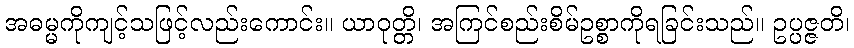
အဓမ္မကိုကျင့်သဖြင့်လည်းကောင်း။ ယာဝုတ္တိ၊ အကြင်စည်းစိမ်ဥစ္စာကိုရခြင်းသည်။ ဥပ္ပဇ္ဇတိ၊